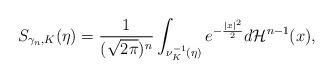
LaTeX: \begin{align*}S_{\gamma_n, K}(\eta) = \frac{1}{(\sqrt{2\pi})^n}\int_{\nu_K^{-1}(\eta)} e^{-\frac{|x|^2}{2}}d\mathcal{H}^{n-1}(x),\end{align*}